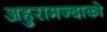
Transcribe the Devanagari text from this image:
अहुरामज्दाको